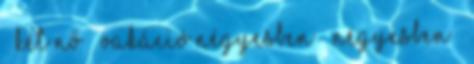
▪ Két Nő ▪ Vakáció négyesben ▪ Négyesben ▪